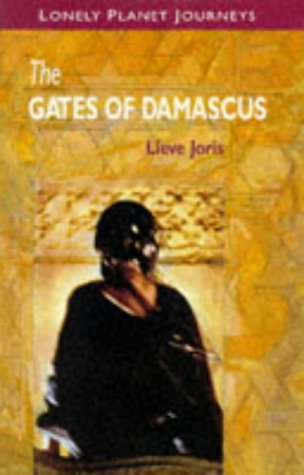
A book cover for The Gates of Damascus; Lieve Joris; Travel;